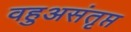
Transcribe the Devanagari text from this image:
वहुअसंतृप्त